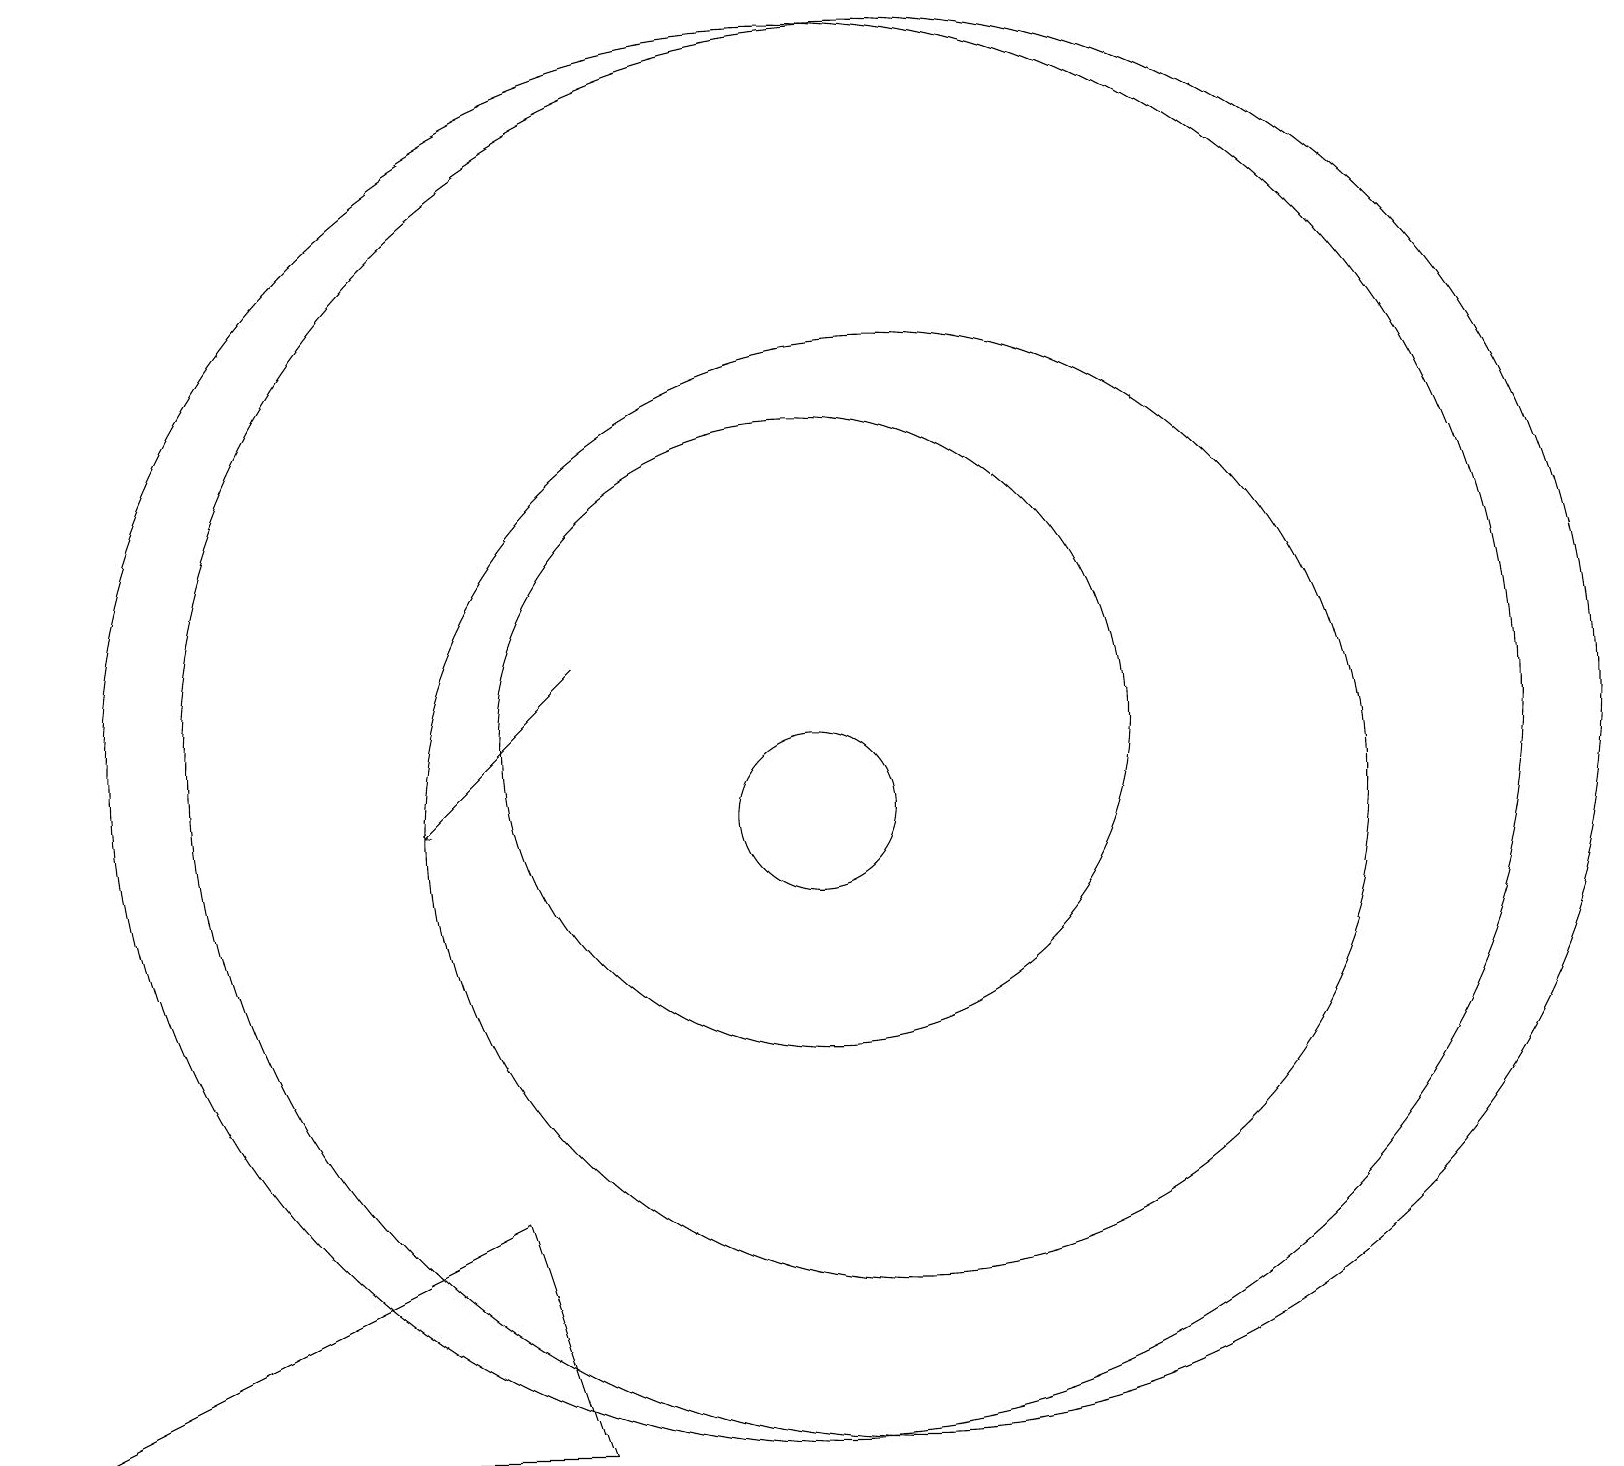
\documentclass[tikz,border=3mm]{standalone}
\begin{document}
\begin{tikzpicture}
\draw (11,11) circle (9);
\draw (0,2) -- (6,5) -- (7,2) -- cycle;
\draw (10,11) circle (9);
\draw (10,11) circle (4);
\draw (10,10) circle (1);
\draw (11,10) circle (6);
\draw[->] (7,12) -- (5,10);
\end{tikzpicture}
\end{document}